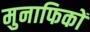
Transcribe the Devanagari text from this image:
मुनाफिकों